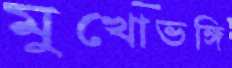
মুখোভঙ্গি